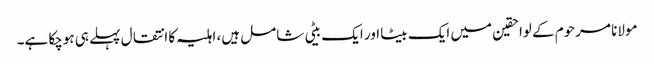
مولانا مرحوم کے لواحقین میں ایک بیٹا اور ایک بیٹی شامل ہیں، اہلیہ کا انتقال پہلے ہی ہوچکا ہے۔